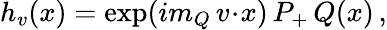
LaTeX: h_{v}(x)=\exp({im_{Q}\, v\! \cdot\! x)\, P_{+}\, Q(x)\, ,}